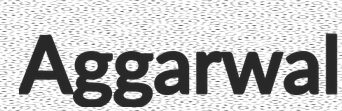
Aggarwal